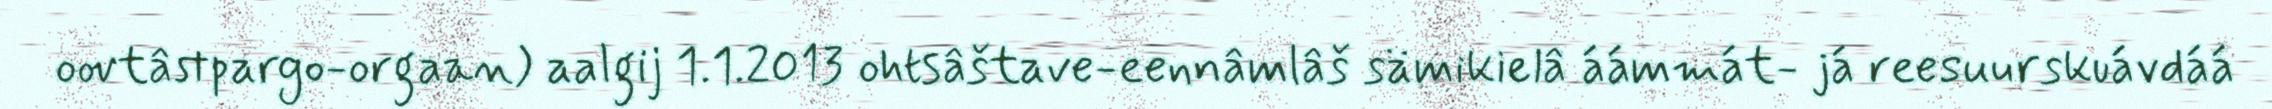
oovtâstpargo-orgaan) aalgij 1.1.2013 ohtsâštave-eennâmlâš sämikielâ áámmát- já reesuurskuávdáá